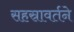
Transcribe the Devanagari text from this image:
सहस्रावर्तने